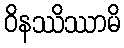
ဝိနဿိဿာမိ